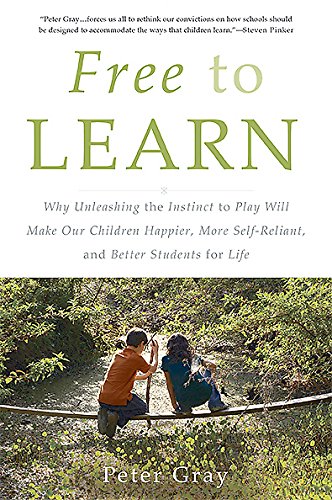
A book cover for Free to Learn: Why Unleashing the Instinct to Play Will Make Our Children Happier, More Self-Reliant, and Better Students for Life; Peter Gray; Medical Books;